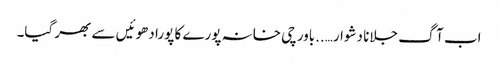
اب آگ جلانا دشوار…..باورچی خانہ پورے کا پورا دھوئیں سے بھر گیا۔